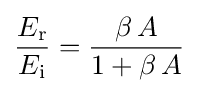
{\frac {E_{\textrm {r}}}{E_{\textrm {i}}}}={\frac {\beta \,A}{1+\beta \,A}}